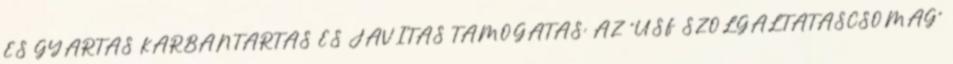
ÉS GYÁRTÁS KARBANTARTÁS ÉS JAVÍTÁS TÁMOGATÁS: AZ “USF SZOLGÁLTATÁSCSOMAG”